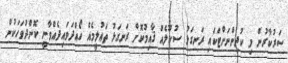
ސަރުކާރުން މި ކުދިންނަށްޓަކައި ރަނގަޅު ސުކޫލެއް ޤާއިމުކޮށް ރަނގަޅު ތަޢުލީމެއް ހޯއްދަވައިދެއްވާނީ ކޮންދުވަހަކުން